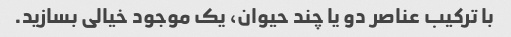
با ترکیب عناصر دو یا چند حیوان، یک موجود خیالی بسازید.